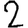
Digit: 2